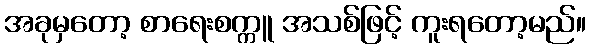
အခုမှတော့ စာရေးစက္ကူ အသစ်ဖြင့် ကူးရတော့မည်။